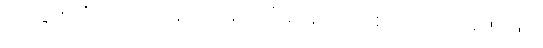
အခြားသိသာထင်ရှားသော ရီးရဲမက်ဒရစ်တို့ အိပ်မက်ဖြင့်